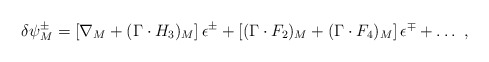
\begin{align*}\delta \psi_M^\pm = \left[\nabla_M + (\Gamma \cdot H_3)_M\right]\epsilon^\pm + \left[(\Gamma \cdot F_2)_M + (\Gamma \cdot F_4)_M\right]\epsilon^\mp + \ldots \ ,\end{align*}